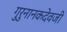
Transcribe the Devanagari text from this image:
गुरुनानकदेवजी